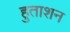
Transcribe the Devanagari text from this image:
हुताशन